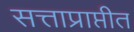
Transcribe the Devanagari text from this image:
सत्ताप्राप्तीत